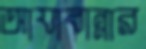
আযাবান্নার